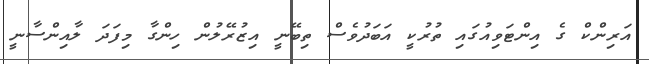
އަރިންކް ގެ އިންޓަވިއުގައި ތުރުކީ އަބަދުވެސް ތިބޭނީ އިޒުރޭލުން ހިންގާ މިފަދަ ލާއިންސާނީ